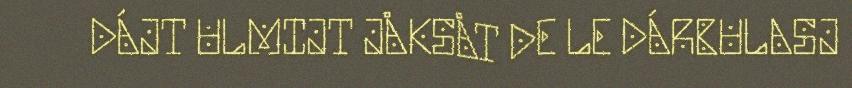
DÁJT ULMIJT JÅKSÅT DE LE DÁRBULASJ